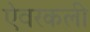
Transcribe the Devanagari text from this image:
ऐवरकली